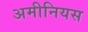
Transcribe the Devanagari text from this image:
अमीनियस